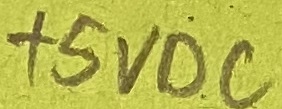
Text: +5VDC